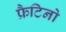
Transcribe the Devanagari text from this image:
फ्रैटिनो